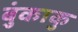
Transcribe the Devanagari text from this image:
बुंकाकु